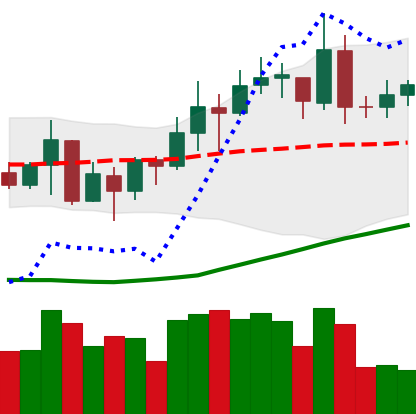
Ticker: XMR-USD
Chart end date: 2020-07-19
Forward return: 4.082%
Label: up_3_5